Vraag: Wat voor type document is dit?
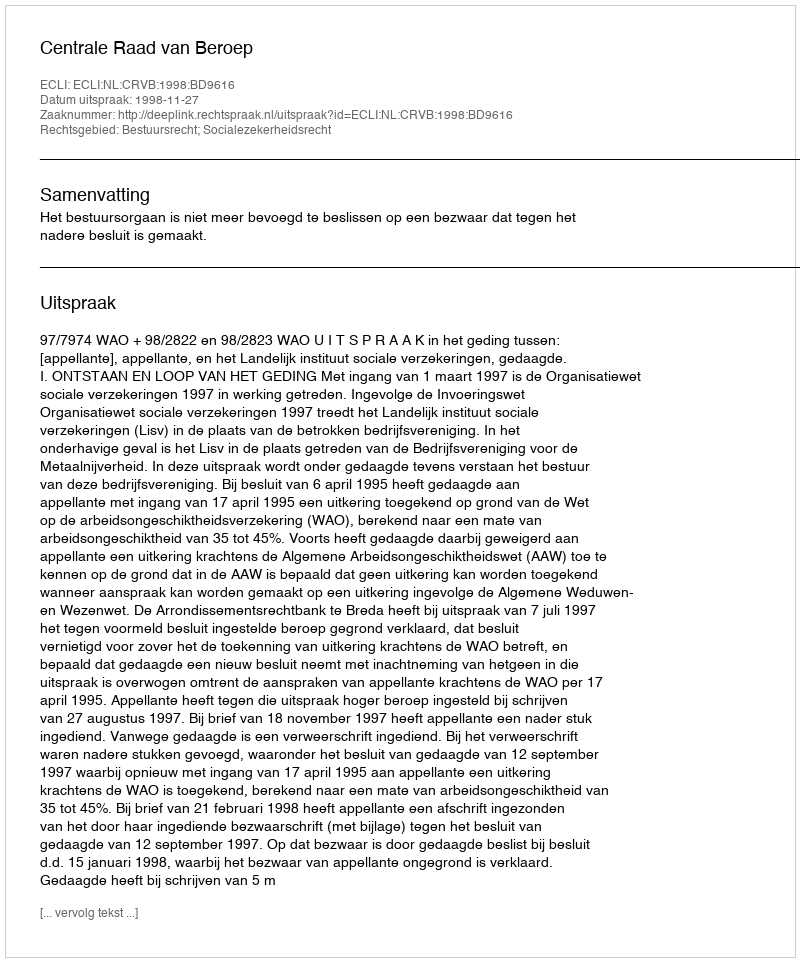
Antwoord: Uitspraak